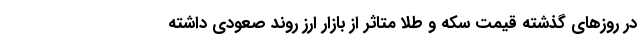
در روزهای گذشته قیمت سکه و طلا متاثر از بازار ارز روند صعودی داشته